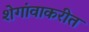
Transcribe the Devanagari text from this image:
शेगांवाकरीत